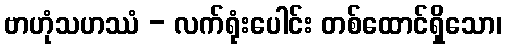
ဗာဟုံသဟဿံ - လက်ရုံးပေါင်း တစ်ထောင်ရှိသော၊